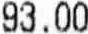
93.00